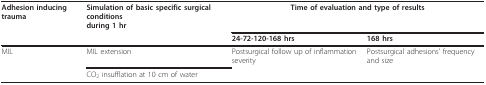
| Adhesion inducing trauma | Simulation of basic specific surgical conditionsduring 1 hr | <COLSPAN=2> Time of evaluation and type of results |
 |  |  | 24-72-120-168 hrs | 168 hrs |
 | --- | --- | --- | --- |
 | MIL | MIL extension | Postsurgical follow up of inflammation severity | Postsurgical adhesions' frequency and size |
 |  | CO2 insufflation at 10 cm of water |  |  |